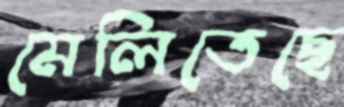
মেলিতেছে